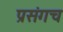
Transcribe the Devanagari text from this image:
प्रसंगच